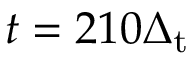
t = 2 1 0 \Delta _ { \mathrm { t } }